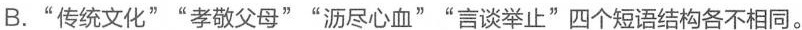
B."传统文化"“孝敬父母”“沥尽心血”“言谈举止”四个短语结构各不相同。